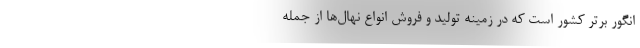
انگور برتر کشور است که در زمینه تولید و فروش انواع نهال‌ها از جمله